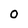
Character: 0